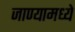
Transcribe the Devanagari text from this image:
जाण्यामध्ये